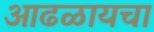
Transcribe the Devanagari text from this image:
आढळायचा